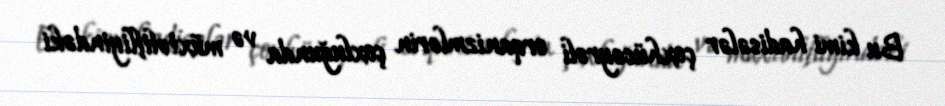
Bu kimi hadisələr çoxhüceyrəli orqanizmlərin çoxluğunda və müxtəlifliyindəki